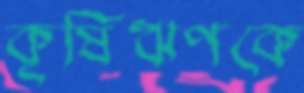
কৃষিঋণকে